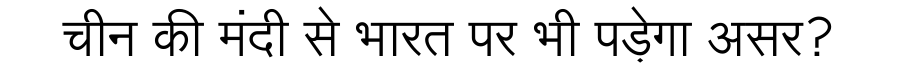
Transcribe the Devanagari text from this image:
चीन की मंदी से भारत पर भी पड़ेगा असर?